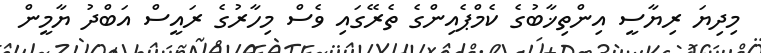
މިދިޔަ ރިޔާސީ އިންތިޚާބުގެ ކެމްޕެއިންގެ ތެރޭގައި ވެސް މިހާރުގެ ރައީސް އަބްދު ޔާމީން